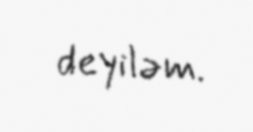
deyiləm.